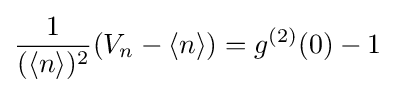
{{1} \over {(\langle n\rangle )^{2}}}(V_{n}-\langle n\rangle )=g^{(2)}(0)-1